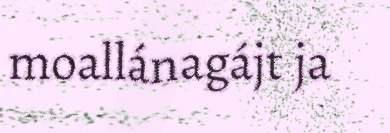
moallánagájt ja